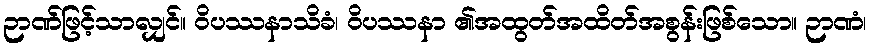
ဉာဏ်ဖြင့်သာလျှင်။ ဝိပဿနာသိခံ၊ ဝိပဿနာ ၏အထွတ်အထိတ်အစွန်းဖြစ်သော။ ဉာဏံ၊